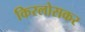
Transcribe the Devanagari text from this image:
किरलोसकर